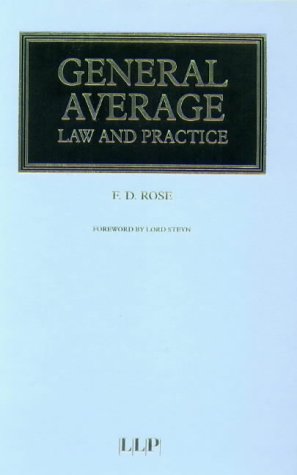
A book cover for General Average - Law and Practice; Francis Rose; Law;